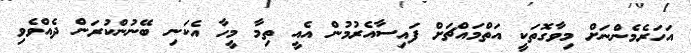
އަހަރެމެންނަށް މިވާގޮތަކީ އަތްމައްޗަށް ފައިސާއެރުމުން އެއީ ތިމާ މީހާ އެކަނި ބޭނުންކުރަން ދެއްވެވި